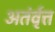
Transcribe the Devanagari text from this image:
अतंर्वृत्त